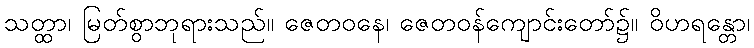
သတ္ထာ၊ မြတ်စွာဘုရားသည်။ ဇေတဝနေ၊ ဇေတဝန်ကျောင်းတော်၌။ ဝိဟရန္တော၊